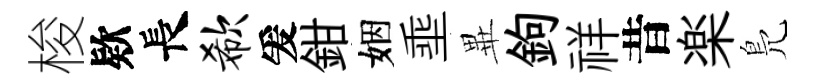
梭欵長欷爰鉗姻埀𭺾鉤祥昔楽鳬